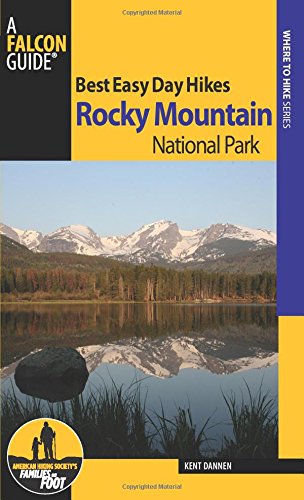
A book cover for Best Easy Day Hikes Rocky Mountain National Park (Best Easy Day Hikes Series); Kent Dannen; Travel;